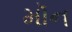
મૉન